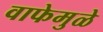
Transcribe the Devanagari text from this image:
वाफेमुळे